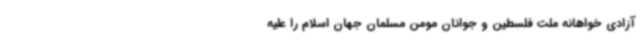
آزادی خواهانه ملت فلسطین و جوانان مومن مسلمان جهان اسلام را علیه